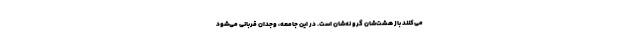
می‌کنند باز هشت‌شان گرو نه‌شان است. در این جامعه، وجدان قربانی می‌شود